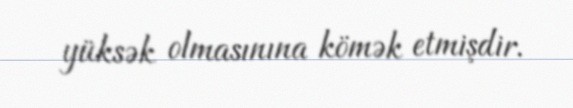
yüksək olmasınına kömək etmişdir.